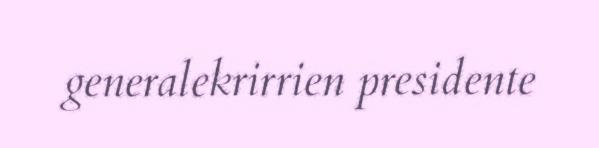
generalekrirrien presidente